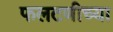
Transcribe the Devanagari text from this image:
फलटणीच्या